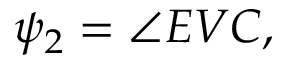
\psi _ { 2 } = \angle E V C ,